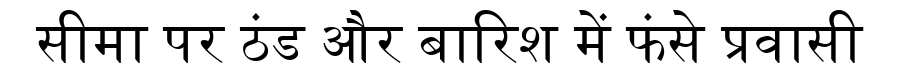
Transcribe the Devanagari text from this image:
सीमा पर ठंड और बारिश में फंसे प्रवासी